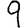
Digit: 9